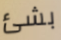
بشئ